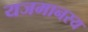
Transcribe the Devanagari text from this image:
यजमानस्य